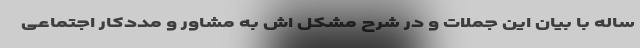
ساله با بیان این جملات و در شرح مشکل اش به مشاور و مددکار اجتماعی